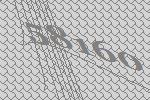
58160